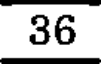
36